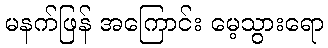
မနက်ဖြန် အကြောင်း မေ့သွားရော